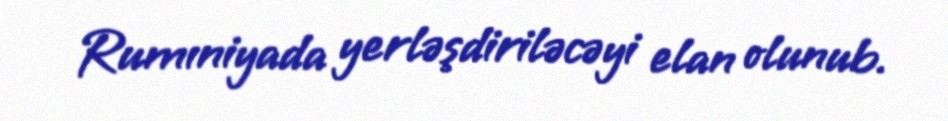
Rumıniyada yerləşdiriləcəyi elan olunub.